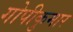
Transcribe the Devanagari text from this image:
गोपीकुमार